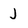
Character: J